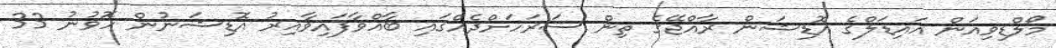
މޯލްޑިވިއަން އައިޑަލްގެ އޮޑިޝަން ރާއްޖޭގެ ތިން ސަރަހަށްދެއްގައި ބާއްވާފައިވާއިރު އޮޑިޝަނުން ހޮވުނު 33